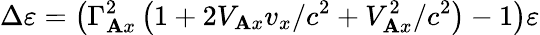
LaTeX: \Delta\varepsilon=\left(\Gamma_{\mathbf{A}x}^{2}\left(1+2V_{\mathbf{A}x}v_{x}/c^{2}+V_{\mathbf{A}x}^{2}/c^{2}\right)-1\right)\varepsilon